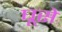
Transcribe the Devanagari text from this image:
घूसे